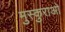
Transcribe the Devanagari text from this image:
मुस्कुराओ